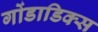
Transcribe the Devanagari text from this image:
गोंडाडिक्‍स